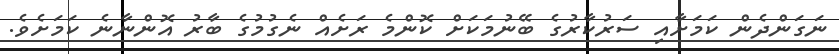
ނަގަންދެން ކަމަށާއި ސަރުކާރުގެ ބޭނުމަކަށް ކޮންމެ ރަށެއް ނެގުމުގެ ބާރު އޮންނާނެ ކަމަށެވެ.